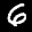
Label: 6